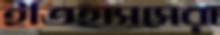
ইতিহাসসেরা